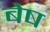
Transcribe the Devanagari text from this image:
बेष